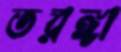
তরঙ্গা